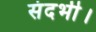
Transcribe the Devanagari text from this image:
संदर्भी।